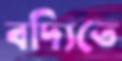
বদ্যিতে